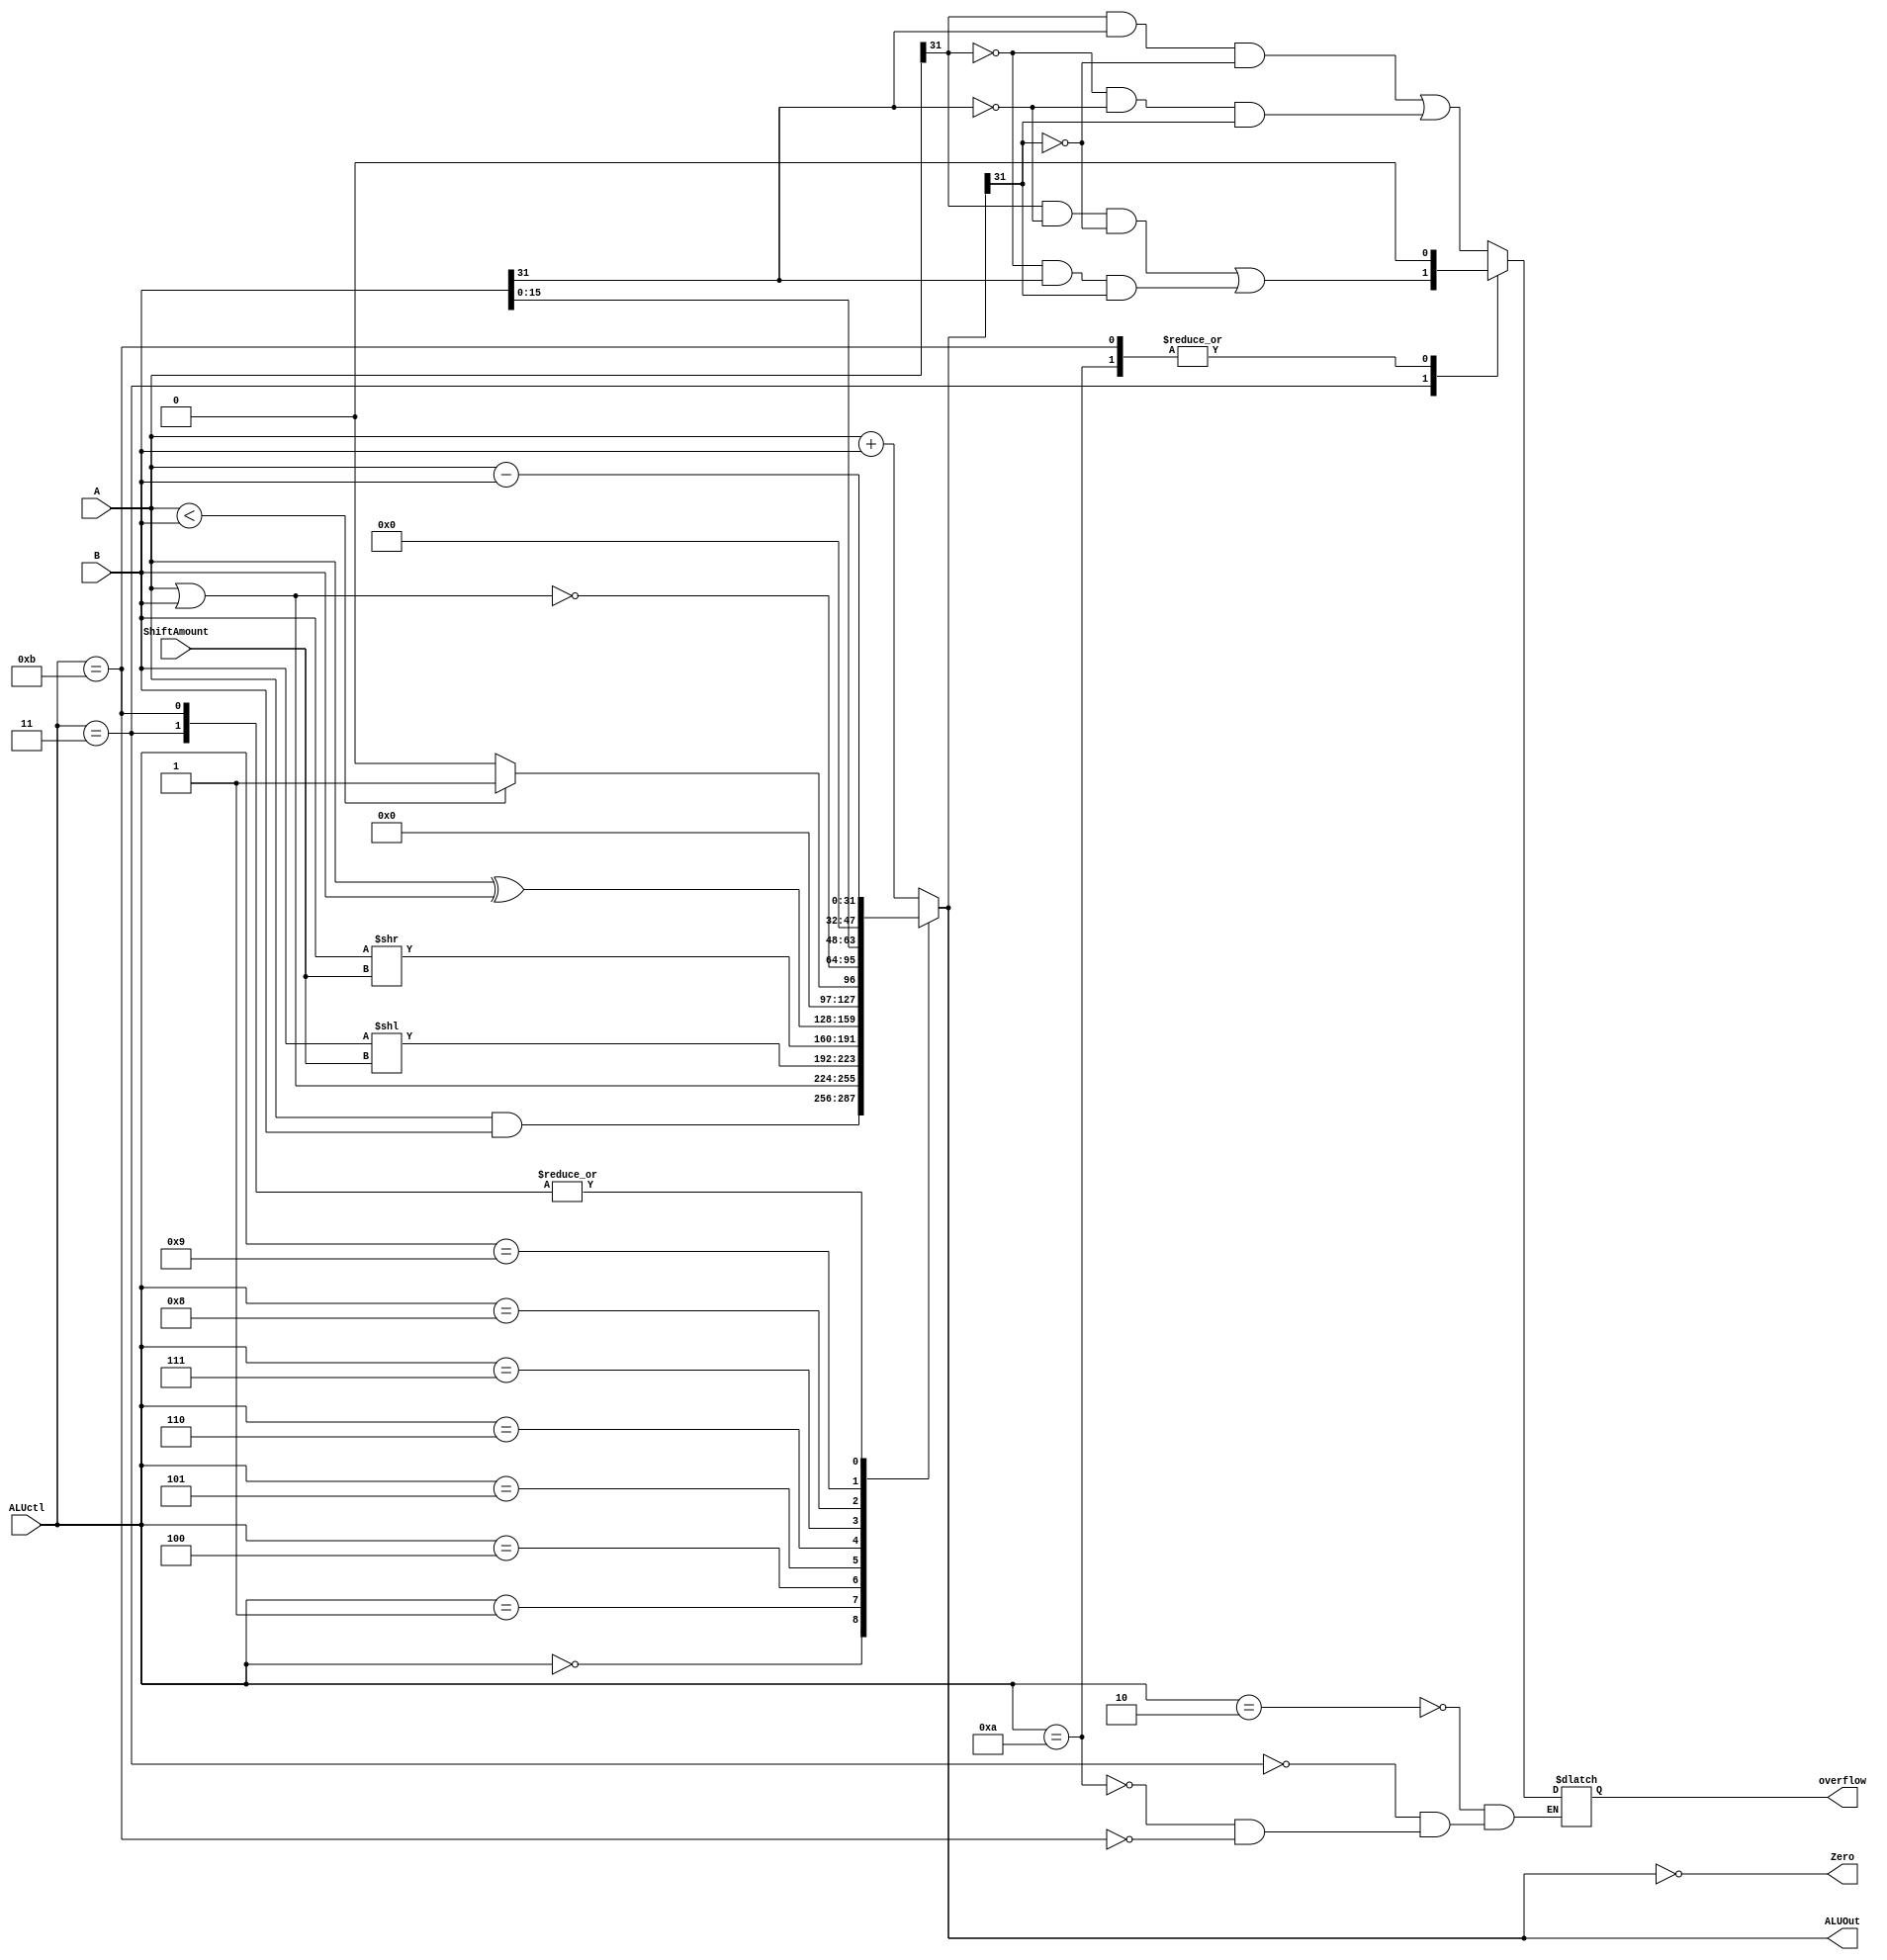
module ALUverilog (
  input [3:0] ALUctl,
  input [31:0] A,
  input [31:0] B,
  input [4:0] ShiftAmount,
  output reg [31:0] ALUOut,
  output Zero,
  output reg overflow
);
initial begin
	overflow <= 0;
end

assign Zero = (ALUOut == 0);
always @ (ALUctl, A, B)
  case (ALUctl)
    0: ALUOut <= A & B; // and
    1: ALUOut <= A | B;	// or
    2: begin				// soma (com deteco de overflow)
      ALUOut <= A + B;
      overflow <= (A[31] && B[31] && ~ALUOut[31]) || (~A[31] && ~B[31] && ALUOut[31]);
    end
    3: begin				// subtrao (com deteco de overflow)
      ALUOut <= A - B;
      overflow <= (A[31] && ~B[31] && ~ALUOut[31]) || (~A[31] && B[31] && ALUOut[31]);
    end
    4: ALUOut <= B << ShiftAmount;  // sll
    5: ALUOut <= B >> ShiftAmount;	// srl
    6: ALUOut <= A ^ B;					// xor
    7: ALUOut <= ($signed(A) < $signed(B)) ? 1 : 0;	// slt
    8: ALUOut <= ~(A | B);				// nor
	 9: ALUOut <= B << 16;				// lui
	 10: begin     						// addu (sem overflow)
		ALUOut <= A + B;
		overflow <= 0;
		end
	 11: begin								// subu (sem overflow)
		ALUOut <= A - B;   			
		overflow <= 0;
		end			
	 default: ALUOut <= A + B;			// caso contrrio, apenas soma
	endcase
  

  
endmodule